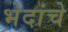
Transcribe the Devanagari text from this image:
भेदांचे